Cholera in India, 1862 to 1881
Year: 1862
Disease focus: Cholera
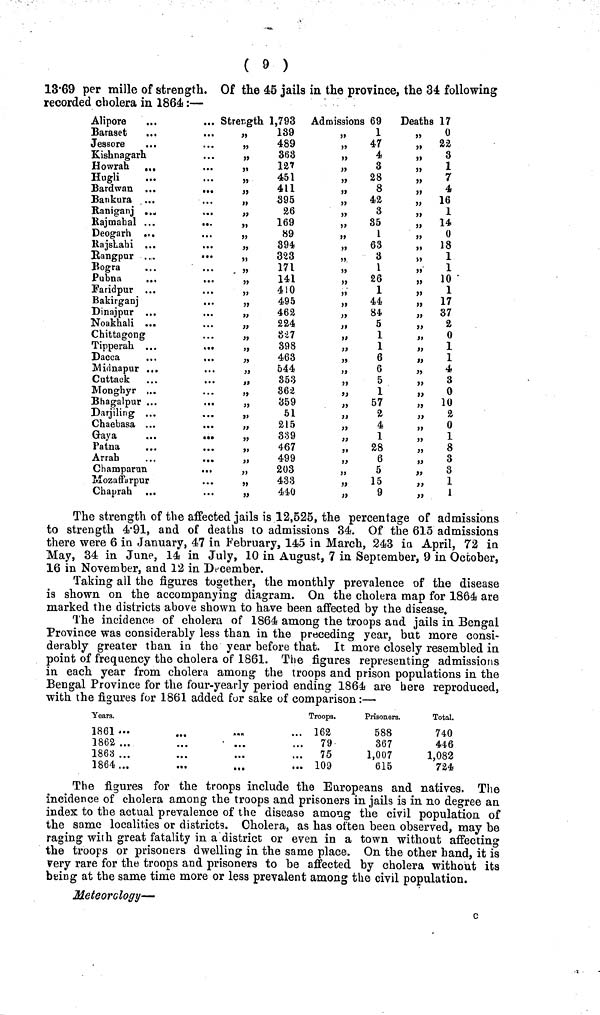
( 9 )
13.69 per mille of strength. Of the 45 jails in the province, the 34 following
recorded cholera in 1864 :—
Alipore
...
Baraset
...
Jessore
Kishnagarh
Howrah
...
Hugli
Bard wan ...
Bankura ...
Raniganj ...
Rajmahal ...
Deogarh
Rajslahi ..
Rangpur . .
Bogra
Pubna
..
Faridpur ..
Bakirganj
Dinajpur ...
Noakhali ...
Chittagong
Tipperah . . .
Dacca
Midnapur ...
Cuttack
Monghyr ,..
Bhagalpur ...
Darjiling ...
Chaebasa ...
Gaya
Patna
Arrab
Champarun
Mozaffarpur
Chaprah
... Strength 1,793
139
489
„
368
127
451
411
395
26
„
169
89
„
394.
„
323
171
141
410
„
495
„
462
224
827
„
398
463
544
353
362
„
359
51
215
···
",
339
467
„
499
203
433
„
440
Admissions 69
1
„
47
4
3
„
28
8
„
42
3
„
35
1
„
63
3
1
„
26
1
44
84
5
1
1
6
6
5
1
„
57
2
4
1
28
6
5
„
15
9
Deaths 17
0
„ 22
"
3
1
"
7
„
4
" 16
" 1
„ 14
0
"
18
"
1
1
„ 10
„ 1
"
17
„ 37
„
2
0
„ 1
1
„
4
"
3
"
0
„ 10
2
" 0
" 1
»
8
»
3
„
3
„
1
„
1
The strength of the affected jails is 12,525, the percentage of admissions
to strength 4.91, and of deaths to admissions 34. Of the 615 admissions
there were 6 in January, 47 in February, 145 in March, 243 in April, 72 in
May, 34 in June, 14 in July, 10 in August, 7 in September, 9 in October,
16 in November, and 12 in December.
Taking all the figures together, the monthly prevalence of the disease
is shown on the accompanying diagram. On the cholera map for 1864 are
marked the districts above shown to have been affected by the disease.
The incidence of cholera of 1864 among the troops and jails in Bengal
Province was considerably less than in the preceding year, but more consi-
derably greater than in the year before that. It more closely resembled in
point of frequency the cholera of 1861. The figures representing admissions
in each year from cholera among the troops and prison populations in the
Bengal Province for the four-yearly period ending 1864 are here reproduced,
with the figures for 1861 added for sake of comparison:—
Years.
1861
1862 ...
1863 ...
1864 ...
...
...
...
Troops.
162
79
75
109
Prisoners.
588
367
1,007
615
Total.
740
446
1,082
724
The figures for the troops include the Europeans and natives. The
incidence of cholera among the troops and prisoners in jails is in no degree an
index to the actual prevalence of the disease among the civil population of
the same localities or districts. Cholera, as has often been observed, may be
raging with great fatality in a district or even in a town without affecting
the troops or prisoners dwelling in the same place. On the other hand, it is
very rare for the troops and prisoners to be affected by cholera without its
being at the same time more or less prevalent among the civil population.
Meteorology—
c